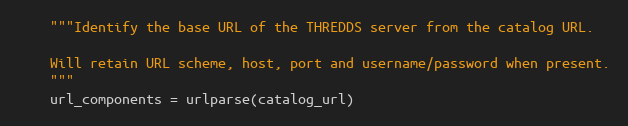
Language: Python
    """Identify the base URL of the THREDDS server from the catalog URL.

    Will retain URL scheme, host, port and username/password when present.
    """
    url_components = urlparse(catalog_url)